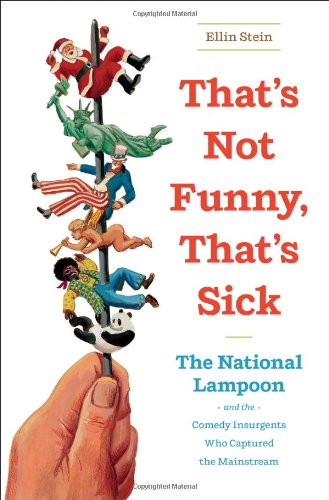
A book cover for That's Not Funny, That's Sick: The National Lampoon and the Comedy Insurgents Who Captured the Mainstream; Ellin Stein; Humor & Entertainment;